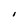
Character: I